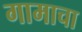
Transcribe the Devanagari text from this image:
गामाचा